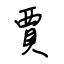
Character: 賈